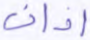
آذان